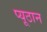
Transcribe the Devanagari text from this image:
प्यूठान